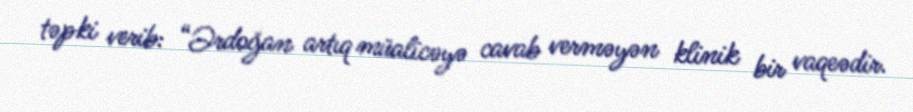
təpki verib: “Ərdoğan artıq müalicəyə cavab verməyən klinik bir vaqeədir.